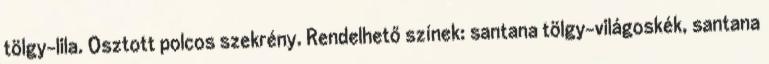
tölgy-lila. Osztott polcos szekrény. Rendelhető színek: santana tölgy-világoskék, santana